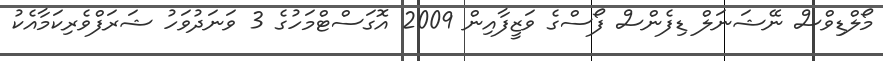
މޯލްޑިވްސް ނޭޝަނަލް ޑިފެންސް ފޯސްގެ ވަޒީފާއިން 2009 އޮގަސްޓްމަހުގެ 3 ވަނަދުވަހު ޝަރަފްވެރިކަމާއެކު